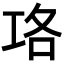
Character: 𭘇